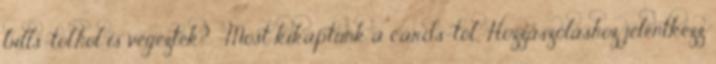
bills-tól,hol is végeztek? -Most kikaptunk a cards-tól,. Hozzászóláshoz jelentkezz